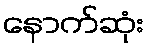
နောက်ဆုံး